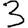
Digit: 3